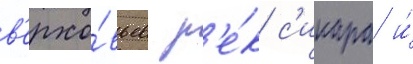
в'ерхо́вьев р'е́к с'инара и́